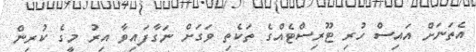
އެތަނަށް އައިސް ހުރި ޓޫރިސްޓެއްގެ ތަކެތި ވަގަށް ނަގާފައިވާ އިރު މީގެ ކުރިން